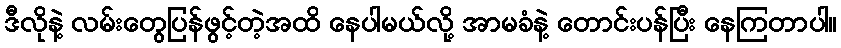
ဒီလိုနဲ့ လမ်းတွေပြန်ဖွင့်တဲ့အထိ နေပါမယ်လို့ အာမခံနဲ့ တောင်းပန်ပြီး နေကြတာပါ။